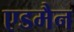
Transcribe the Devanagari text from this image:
एडमैन